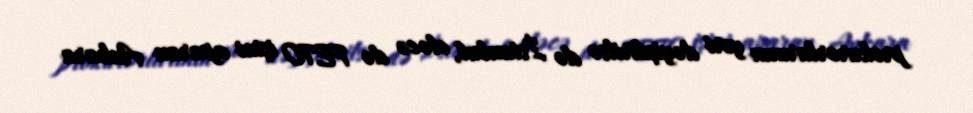
prokurorlarının yeri dəyişdirilsə də İstanbul, eləcə də FETO işini aparan Ankara